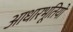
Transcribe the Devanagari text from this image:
आधारभूतियों